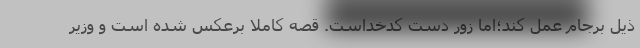
ذيل برجام عمل كند؛اما زور دست كدخداست. قصه كاملا برعكس شده است و وزير